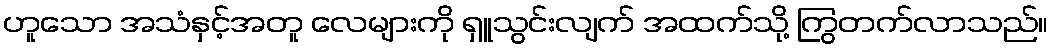
ဟူသော အသံနှင့်အတူ လေများကို ရှူသွင်းလျက် အထက်သို့ ကြွတက်လာသည်။